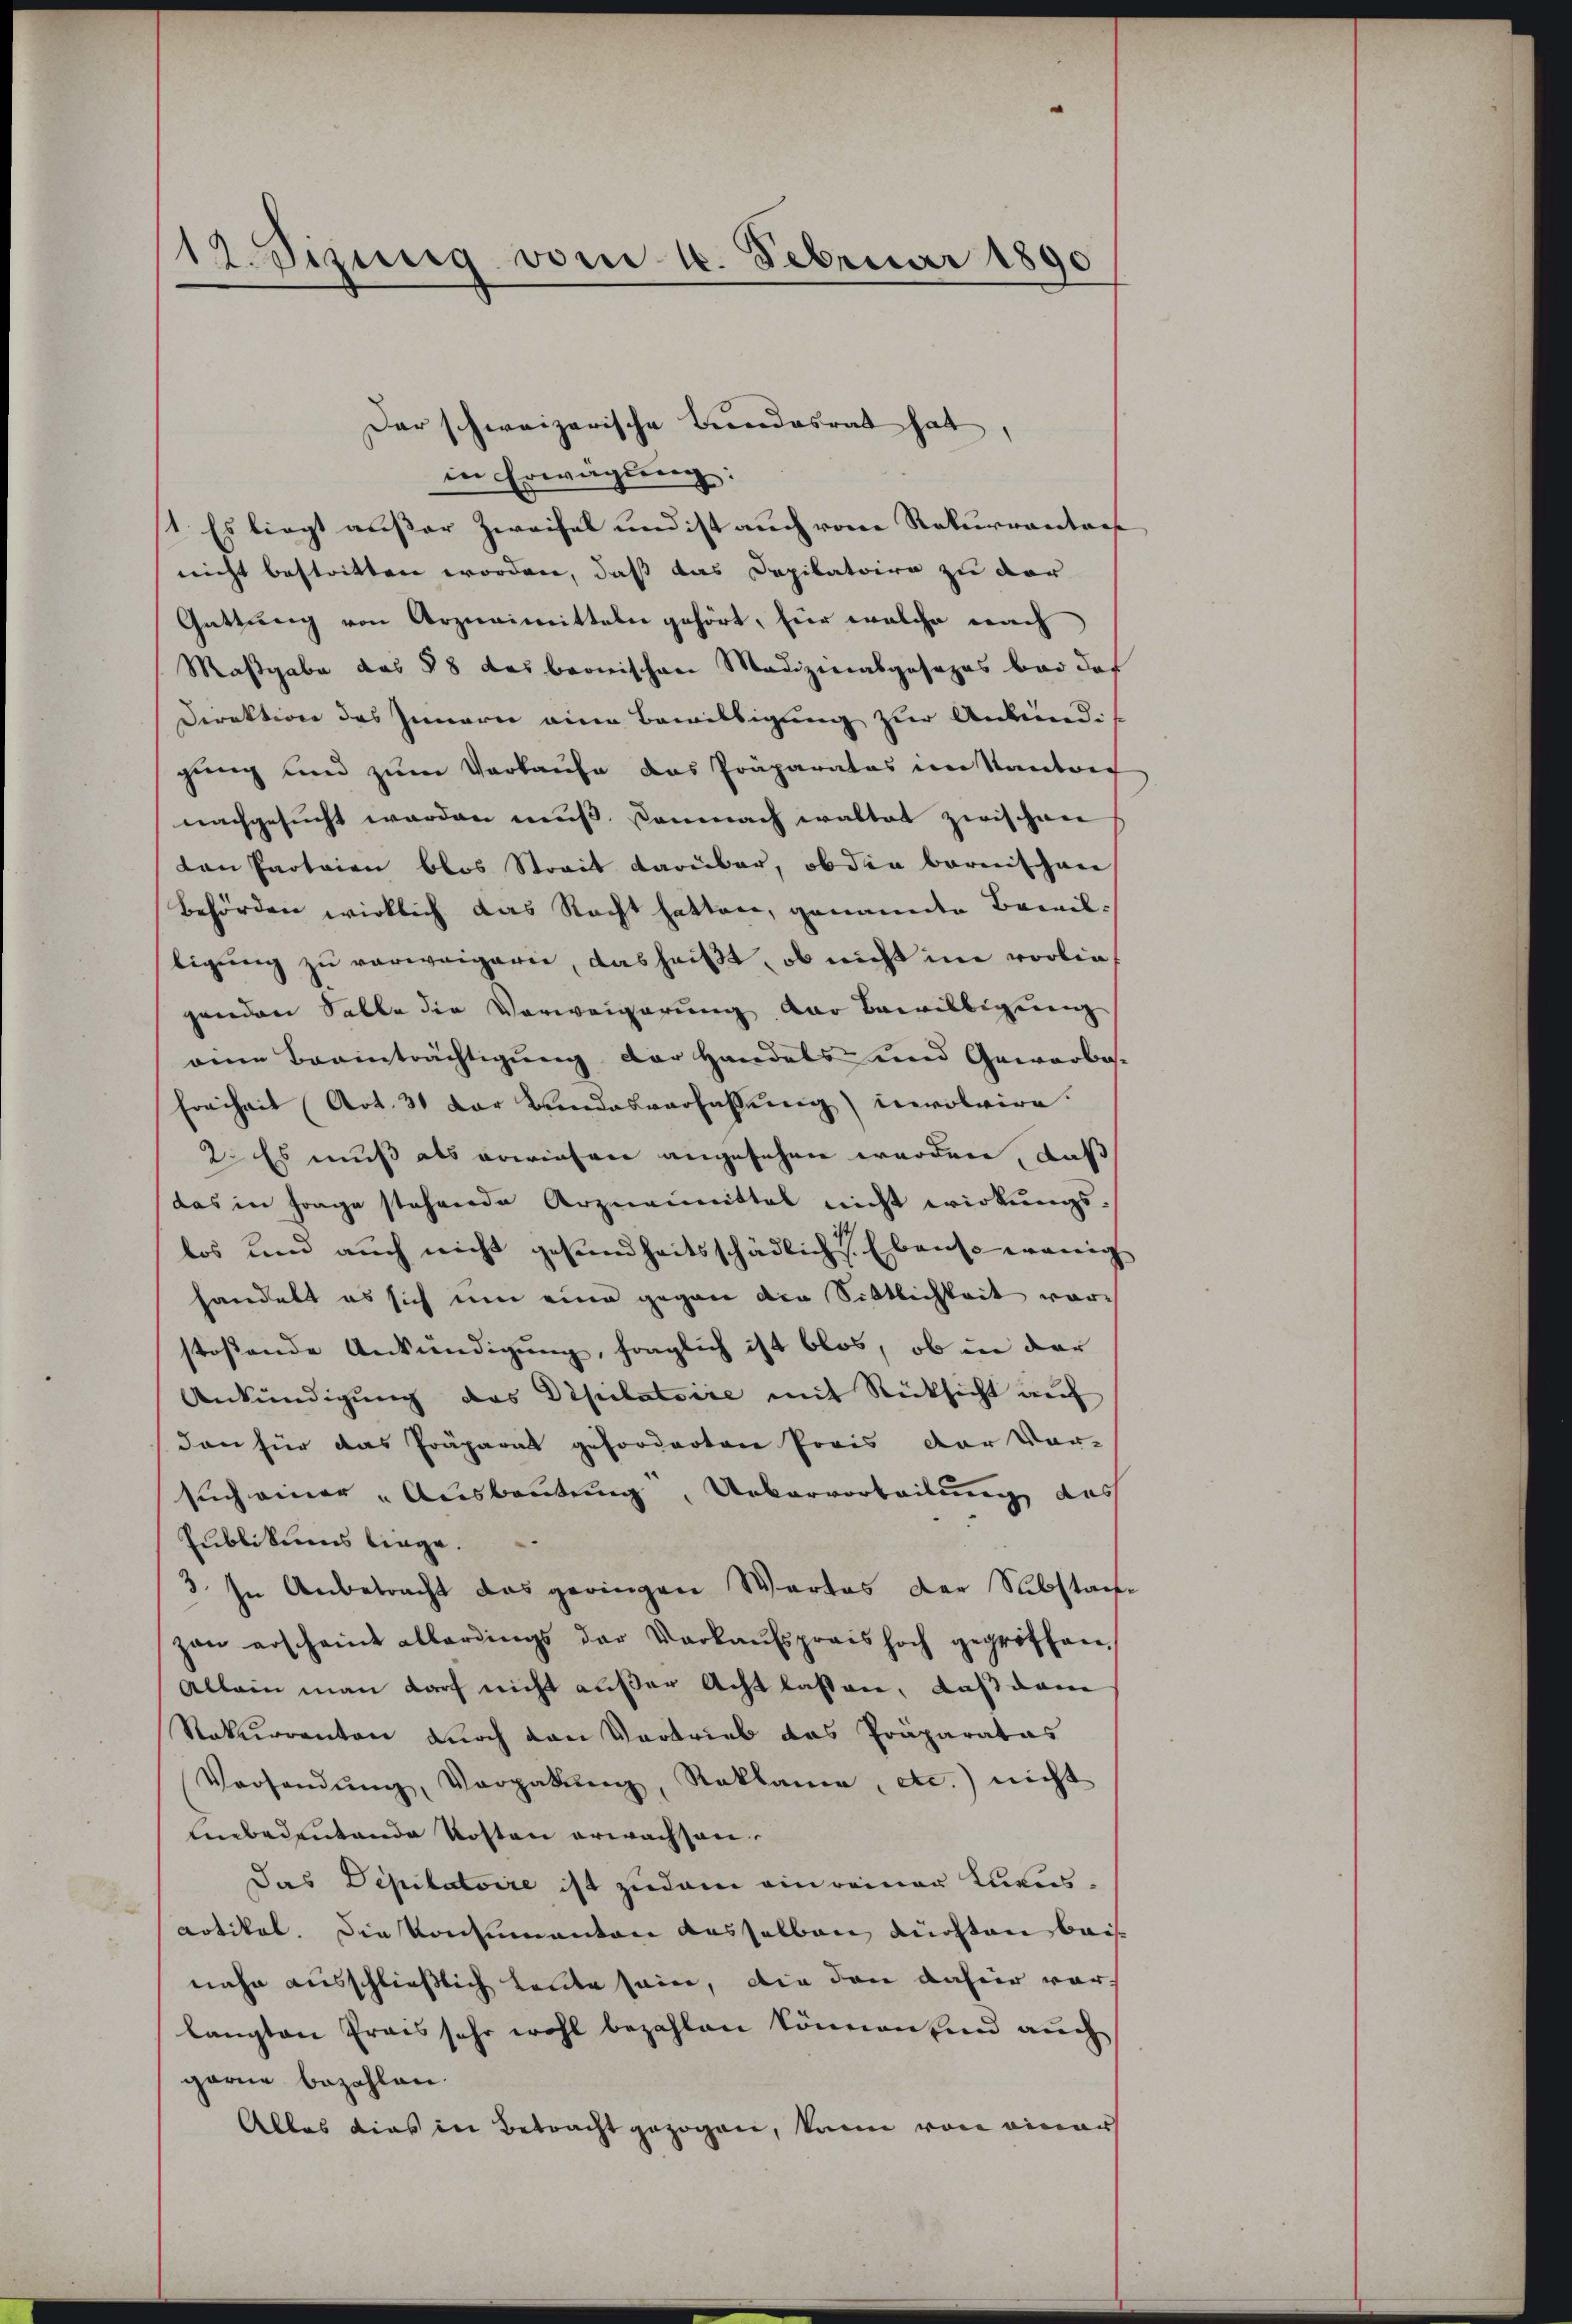
12. Sizig vom 16. Februar 1890

in Erwägung:
(1. Es liegt außer Zweifel und ist auch vom Rekurrentar
nicht bestritten worden, daß das Depilatoire zu der
Gattung von Arzneimitteln gehört, für welche nach
Maßgabe das 38 das bronischen Medizinalgesezes bei das
Direktion des Innern eine Bewilligung zur Ankundigung und zum Verkaufe das Präparates im Kantons
nachgesucht werden muß. Demnach waltet zwischen
an Parteien blos Strait darüber, ob die bereithane
Behörden wirklich das Recht hatten, genannte Bewiltigŭng zu verweigern, das heißt, ob nicht im vorliegenden Salle die Vorweigerung der Bewilligung
eine Beeinträchtigung der Handels und Gewerbes-
Freiheit (Art. 31 der Bundesverfassung) involvire.
2. Es muß als erwiesene angesehen werden, daß
das in Frage stehende Arzneimittel nicht wirkungs-
los und auch nicht gesundheitsschädlich. Ebenso wenig
handelt es sich um eine gegen den Sittlichkeit war
stoßende Ankündigung, fraglich ist blos, ob in der
Ankündigung das Depilatoire mit Rücksicht auf
den für das Präparat geforderten Preis der Vor-
such einer „Ausbeutung, Uebervorteilung des
Publikums liege.
3. In Anbetracht das geringen Wartes der Substan
zan erscheint allerdings der Verkaŭfspreis hoch gegriffen,
Allein man darf nicht außer Acht lassen, daß dann
Rekurrenten durch den Vortrieb das Präparatas
Versandŭng, Vergabŭng, Reklame, etc.) nicht
Unbedeutende Kosten erwachsen.
Das Depilatoire ist zudem ein reiner Luxus¬
Artikel. Die Konsumanton desselben Küchten beinahe ausschließlich heute sein, die den dahier vorlangten Prais sehr wohl bezahlen können sind auch
garne bezahlen.
Alles dies in Betracht gezogen, kann von einer

Der schweizerische Bundesrat hat,